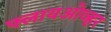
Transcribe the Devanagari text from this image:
फ्लायओव्हर